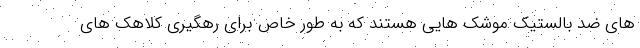
های ضد بالستیک موشک هایی هستند که به طور خاص برای رهگیری کلاهک های